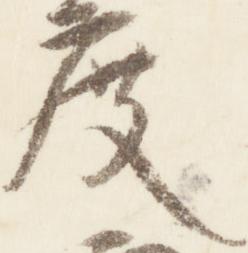
度